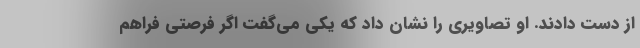
از دست دادند. او تصاویری را نشان داد که یکی می‌گفت اگر فرصتی فراهم